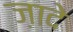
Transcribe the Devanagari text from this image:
ज़ादे